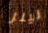
نيلز